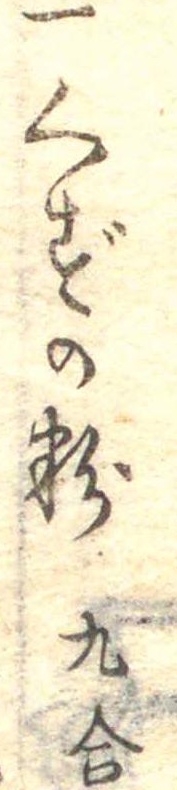
一くずの粉九合